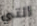
التي